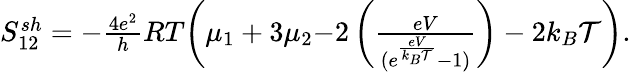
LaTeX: \begin{array}{r}{{S_{12}^{sh}=-\frac{4e^{2}}{h}RT\bigg(\mu_{1}+3\mu_{2}}{-2\left(\frac{eV}{(e^{\frac{eV}{k_{B}\mathcal{T}}}-1)}\right)-2k_{B}\mathcal{T}\bigg)}.}\end{array}